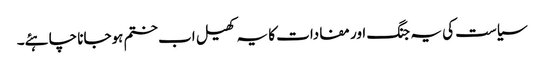
سیاست کی یہ جنگ اور مفادات کا یہ کھیل اب ختم ہوجانا چاہئے۔